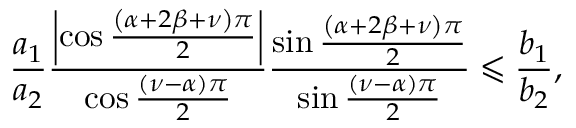
\frac { a _ { 1 } } { a _ { 2 } } \frac { \left\vert \cos \frac { \left( \alpha + 2 \beta + \nu \right) \pi } { 2 } \right\vert } { \cos \frac { \left( \nu - \alpha \right) \pi } { 2 } } \frac { \sin \frac { \left( \alpha + 2 \beta + \nu \right) \pi } { 2 } } { \sin \frac { \left( \nu - \alpha \right) \pi } { 2 } } \leqslant \frac { b _ { 1 } } { b _ { 2 } } ,